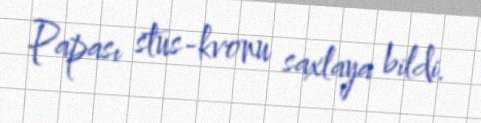
Papası stus-kvonu saxlaya bildi.